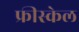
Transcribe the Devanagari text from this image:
फ्रीस्केल